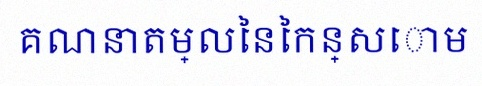
គណនាតម្លៃនៃកន្សោម